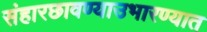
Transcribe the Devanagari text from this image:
संहारछावण्याउभारण्यात